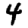
Digit: 4